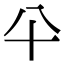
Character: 𰅭